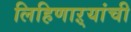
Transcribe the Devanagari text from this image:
लिहिणाऱ्यांची